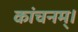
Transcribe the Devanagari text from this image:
कांचनम्।